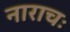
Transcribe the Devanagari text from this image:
नाराचः